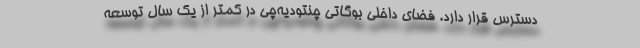
دسترس قرار دارد. فضای داخلی بوگاتی چنتودیه‌چی در کمتر از یک سال توسعه